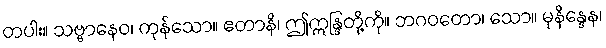
တပါး။ သဗ္ဗာနေဝ၊ ကုန်သော။ ဧတာနိ၊ ဤဣန္ဒြတို့ကို။ ဘဂဝတော၊ သော။ မုနိန္ဒေန၊